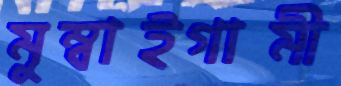
মুম্বাইগামী